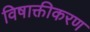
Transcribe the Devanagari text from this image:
विषाक्तीकरण